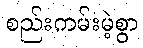
စည်းကမ်းမဲ့စွာ